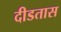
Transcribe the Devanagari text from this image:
दीडतास